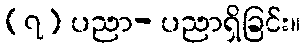
(၇) ပညာ- ပညာရှိခြင်း။